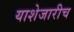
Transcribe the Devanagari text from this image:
याशेजारीच